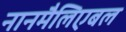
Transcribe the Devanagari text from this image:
नानमैलिएबल